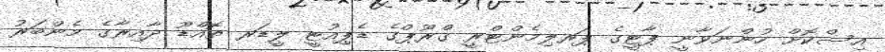
އިސްކޮށް ހުންނަވާނީ ޕާޓީގެ ޕަރލިމެންޓްރީ ގްރޫޕްގެ ޑެޕިއުޓީ ލީޑަރ ތޮއްޑޫ ދާއިރާގެ މެންބަރު